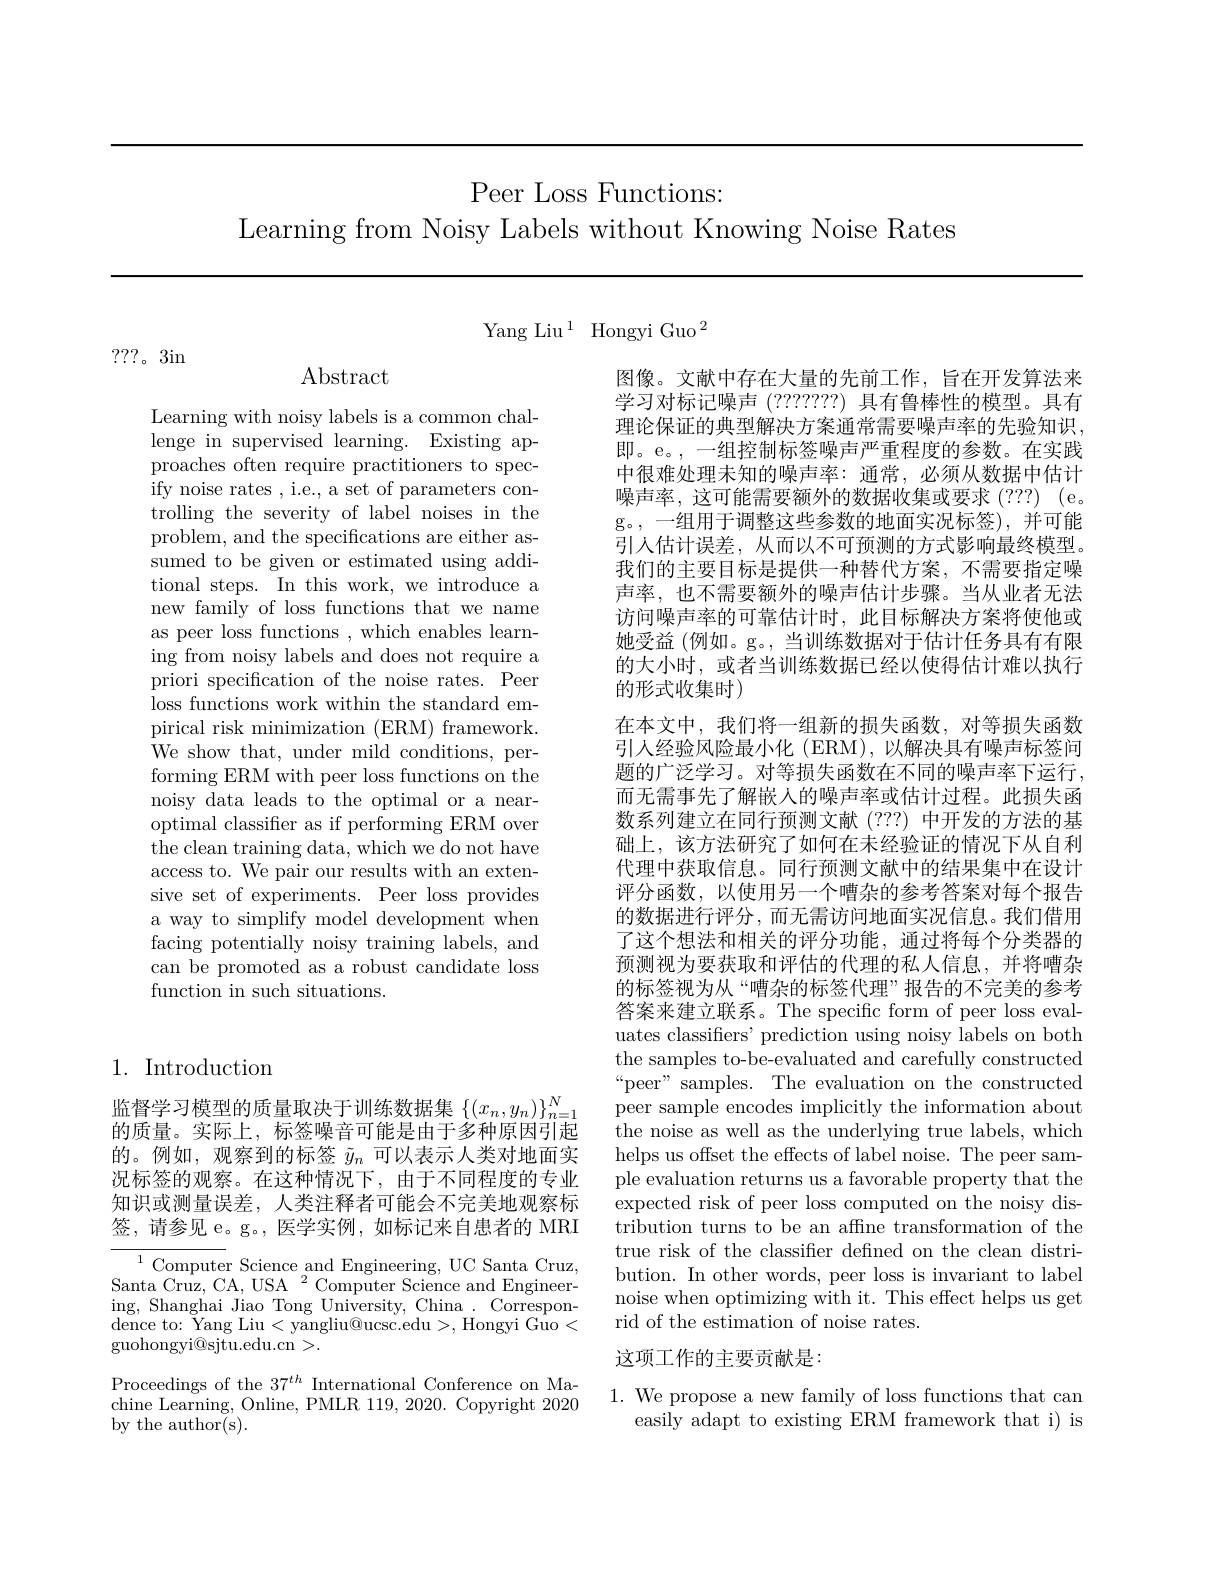
# Peer Loss Functions:
Learning from Noisy Labels without Knowing Noise Rates

Yang Liu$^{1}$ Hongyi Guo$^{2}$

???。3in

Abstract

Learning with noisy labels is a common challenge in supervised learning. Existing approaches often require practitioners to specify noise rates , i.e., a set of parameters controlling the severity of label noises in the problem, and the specifications are either assumed to be given or estimated using additional steps. In this work, we introduce a new family of loss functions that we name as peer loss functions , which enables learning from noisy labels and does not require a priori specification of the noise rates. Peer loss functions work within the standard empirical risk minimization (ERM) framework. We show that, under mild conditions, performing ERM with peer loss functions on the noisy data leads to the optimal or a nearoptimal classifer as if performing ERM over the clean training data, which we do not have access to. We pair our results with an extensive set of experiments. Peer loss provides a way to simplify model development when facing potentially noisy training labels, and can be promoted as a robust candidate loss function in such situations.

1. Introduction

监督学习模型的质量取决于训练数据集$\{(x_n,y_n)\}_{n=1}^N$ 的质量。实际上，标签噪音可能是由于多种原因引起的。例如，观察到的标签$\tilde{y}_n$可以表示人类对地面实况标签的观察。在这种情况下，由于不同程度的专业知识或测量误差，人类注释者可能会不完美地观察标签，请参见 e。g。, 医学实例，如标记来自患者的 MRI

${\overline{{^{1}\text{Computer}}}}$Science andEngineering,UC Santa Cruz, Santa Cruz, CA, USA $^2$Computer Science and Engineering, Shanghai Jiao Tong University, China. Correspon- $\bar{\text{dence to: }}$Yang Liu$<\bar\text{yangliu@ucsc.edu}>$,Hongyi Guo< guohongyi@sjtu.edu.cn>.
Proceedings of the $37^{th}$ International Conference on Ma-

chine Learning, Online, PMLR 119, 2020. Copyright 2020
by the author$\bar($s).

图像。文献中存在大量的先前工作，旨在开发算法来学习对标记噪声(???????)具有鲁棒性的模型。具有理论保证的典型解决方案通常需要噪声率的先验知识， 即。e。,一组控制标签噪声严重程度的参数。在实践中很难处理未知的噪声率：通常，必须从数据中估计噪声率，这可能需要额外的数据收集或要求(???)(e。g。,一组用于调整这些参数的地面实况标签),并可能引人估计误差，从而以不可预测的方式影响最终模型。我们的主要目标是提供一种替代方案，不需要指定噪声率，也不需要额外的噪声估计步骤。当从业者无法访问噪声率的可靠估计时，此目标解决方案将使他或她受益 (例如。g。,当训练数据对于估计任务具有有限的大小时，或者当训练数据已经以使得估计难以执行的形式收集时)
在本文中，我们将一组新的损失函数，对等损失函数引人经验风险最小化 (ERM),以解决具有噪声标签问题的广泛学习。对等损失函数在不同的噪声率下运行， 而无需事先了解嵌人的噪声率或估计过程。此损失函数系列建立在同行预测文献(???)中开发的方法的基础上，该方法研究了如何在未经验证的情况下从自利代理中获取信息。同行预测文献中的结果集中在设计评分函数，以使用另一个嘈杂的参考答案对每个报告的数据进行评分，而无需访问地面实况信息。我们借用了这个想法和相关的评分功能，通过将每个分类器的预测视为要获取和评估的代理的私人信息，并将嘈杂的标签视为从“嘈杂的标签代理”报告的不完美的参考答案来建立联系。The specific form of peer loss evaluates classifiers' prediction using noisy labels on both the samples to-be-evaluated and carefully constructed “peer” samples. The evaluation on the constructed peer sample encodes implicitly the information about the noise as well as the underlying true labels, which helps us offset the effects of label noise. The peer sample evaluation returns us a favorable property that the expected risk of peer loss computed on the noisy distribution turns to be an affne transformation of the true risk of the classifier defined on the clean distribution. In other words, peer loss is invariant to label noise when optimizing with it. This effect helps us get rid of the estimation of noise rates.
这项工作的主要贡献是：

# 1. We propose a new family of loss functions that can easily adapt to existing ERM framework that i) is